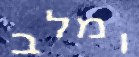
ומלב